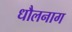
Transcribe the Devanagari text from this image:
धौलनाग